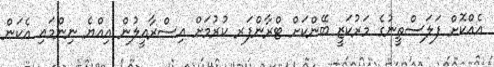
އެއްކޮށް ފަލަސްތީނުގެ މަރުކަޒީ ބޭންކަށް ޓްރާންފަރ ކުރުމަށް އިސްރާއީލުން އިއްޔެ ނިންމައި އެކަން